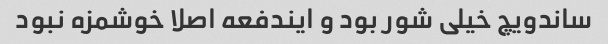
ساندویچ خیلی شور بود و ایندفعه اصلا خوشمزه نبود